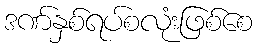
ဒဏ်နှစ်ရပ်စလုံးဖြစ်စေ